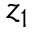
z _ { 1 }